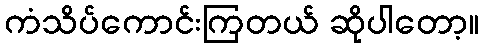
ကံသိပ်ကောင်းကြတယ် ဆိုပါတော့။